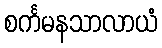
စင်္ကမနသာလာယံ